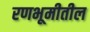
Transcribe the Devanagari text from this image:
रणभूमीतील